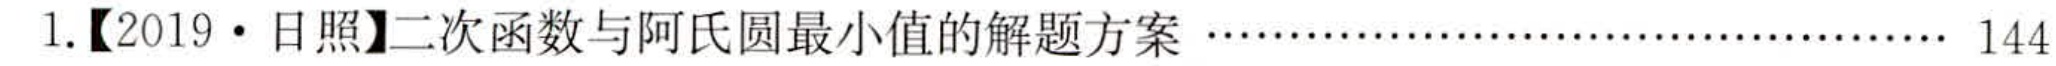
1.【2019 • 日照】二次函数与阿氏圆最小值的解题方案 …………………………………………… 144